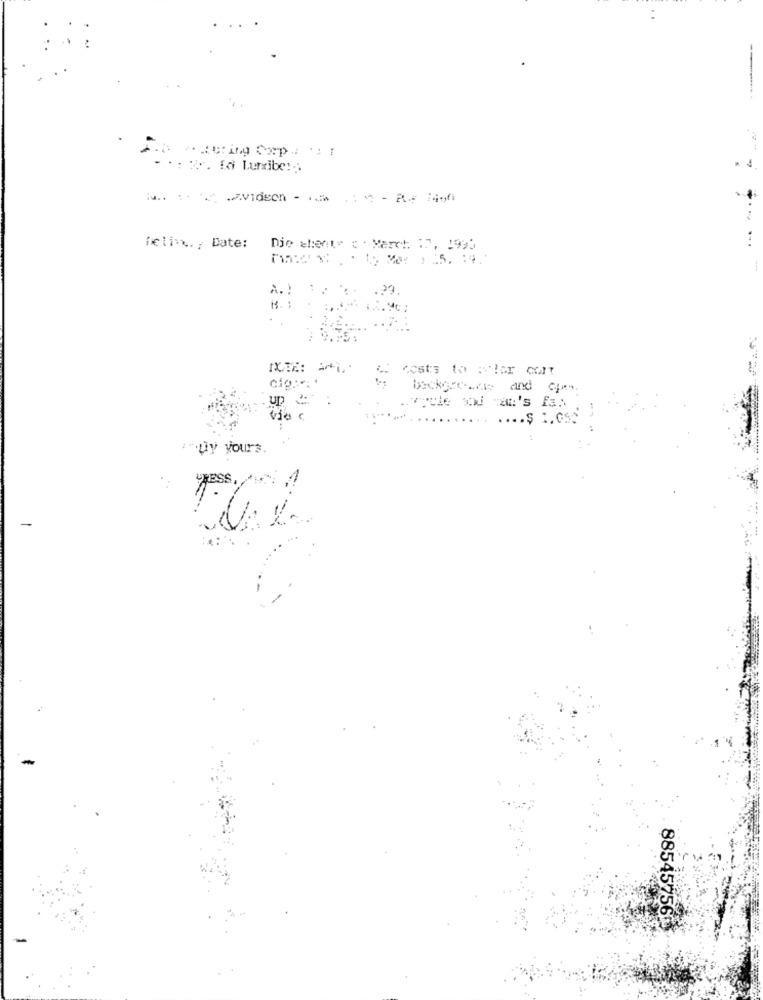
..: :. fa Luribe :;
Delink ., Date:
Die chente ; March 17, 1995
.23
costs to :'lor colt
beckercome and open
Up C
via c
.$ 1.050
.".uy yours.
ass.
-
885457560